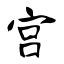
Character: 宫